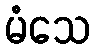
မံသေ